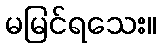
မမြင်ရသေး။